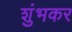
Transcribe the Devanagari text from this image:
शुंभकर